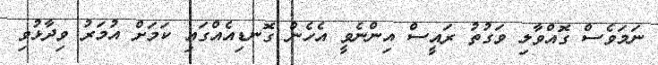
ނަމަވެސް ގޮއްވާލި ވަގުތު ރައީސް އިންނެވީ އެހެން ގޮނޑިއެއްގައި ކަމަށް އުމަރު ވިދާޅުވި